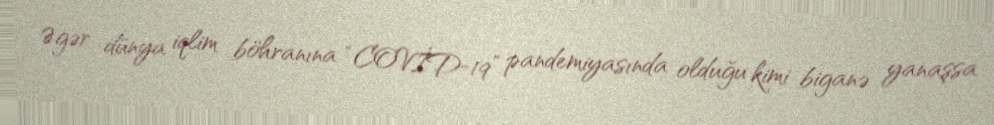
Əgər dünya iqlim böhranına “COVİD-19” pandemiyasında olduğu kimi biganə yanaşsa